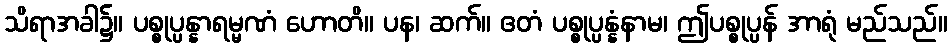
သိရာအခါ၌။ ပစ္စုပ္ပန္နာရမ္မဏံ ဟောတိ။ ပန၊ ဆက်။ ဧတံ ပစ္စုပ္ပန္နံနာမ၊ ဤပစ္စုပ္ပန် အာရုံ မည်သည်။